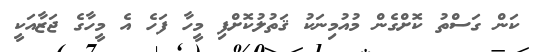
ކަން ގަސްތު ކޮށްގެން މުއުމިނަކު ޤަތުލުކޮށްފި މީހާ ފަހެ އެ މީހާގެ ޖަޒާއަކީ